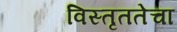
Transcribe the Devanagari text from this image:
विस्तृततेचा